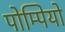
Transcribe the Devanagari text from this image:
पोम्पियो